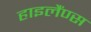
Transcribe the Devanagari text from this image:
हाइलैंण्स